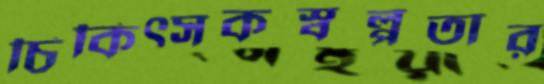
চিকিত্সকস্বল্পতার